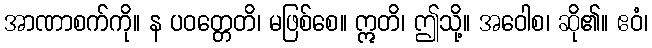
အာဏာစက်ကို။ န ပဝတ္တေတိ၊ မဖြစ်စေ။ ဣတိ၊ ဤသို့။ အဝေါစ၊ ဆို၏။ ဧဝံ၊